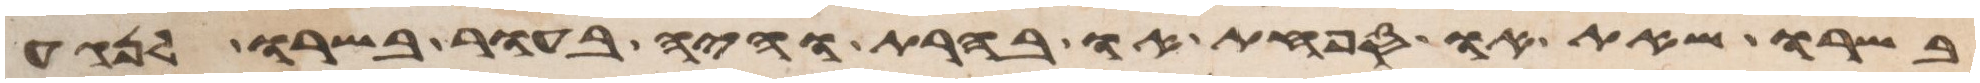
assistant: בשרו שאת או ספחת או בהרת והיה בעור בשרו לנגע